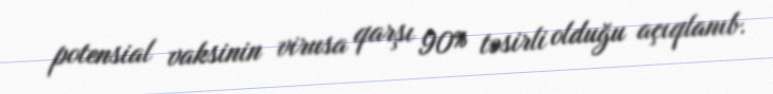
potensial vaksinin virusa qarşı 90% təsirli olduğu açıqlanıb.